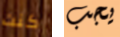
كنت يجب